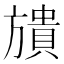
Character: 𣄜